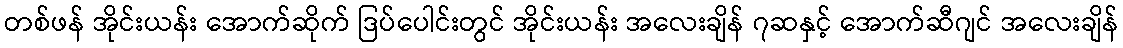
တစ်ဖန် အိုင်းယန်း အောက်ဆိုက် ဒြပ်ပေါင်းတွင် အိုင်းယန်း အလေးချိန် ၇ဆနှင့် အောက်ဆီဂျင် အလေးချိန်